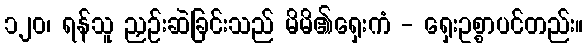
၁၂၀၊ ရန်သူ ညှဉ်းဆဲခြင်းသည် မိမိ၏ရှေးကံ - ရှေးဥစ္စာပင်တည်း။